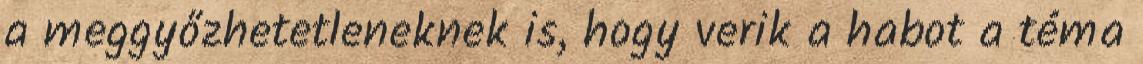
a meggyőzhetetleneknek is, hogy verik a habot a téma